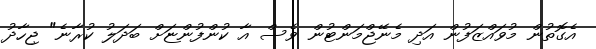
އެގޮތުން މުވައްޒަފުން އަދި މެނޭޖްމަންޓުން ވެސް އާ ކުންފުންޏަށް ބަދަލު ކުރާނެ" ޖިހާދު